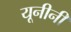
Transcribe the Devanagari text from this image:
यूनीनी